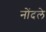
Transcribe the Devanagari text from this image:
नांेदले